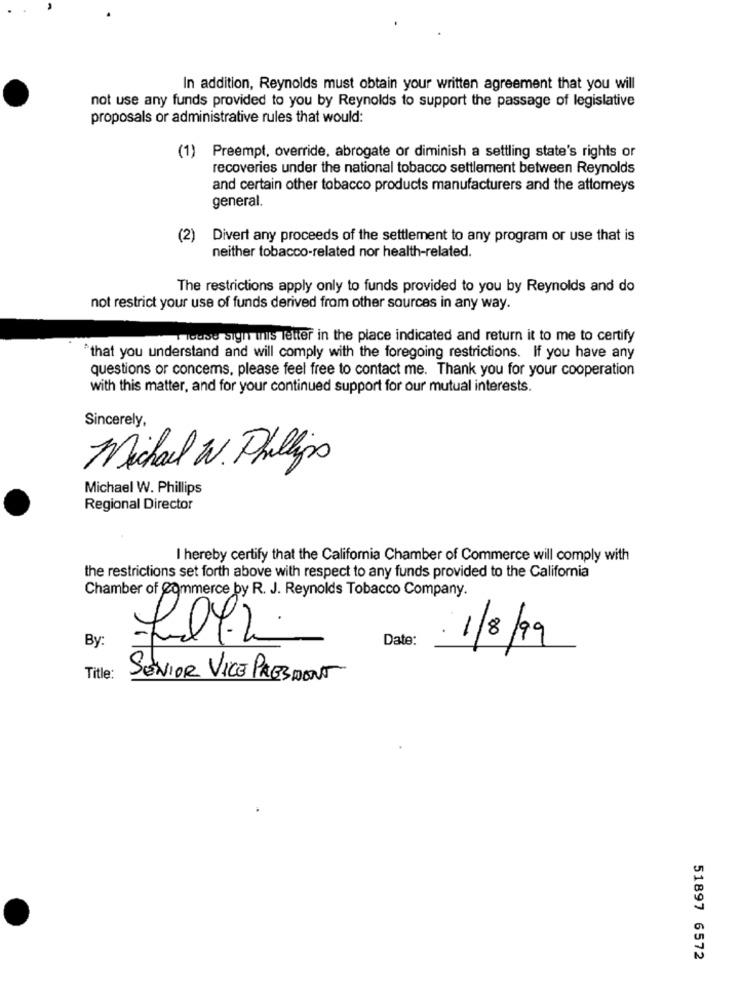
In addition, Reynolds must obtain your written agreement that you will
not use any funds provided to you by Reynolds to support the passage of legislative
proposals or administrative rules that would:
(1) Preempt, override, abrogate or diminish a settling state's rights or
recoveries under the national tobacco settlement between Reynolds
and certain other tobacco products manufacturers and the attomeys
general.
(2)
Divert any proceeds of the settlement to any program or use that is
neither tobacco-related nor health-related.
The restrictions apply only to funds provided to you by Reynolds and do
not restrict your use of funds derived from other sources in any way.
Touse sign in's letter in the place indicated and return it to me to certify
`that you understand and will comply with the foregoing restrictions. If you have any
questions or concems, please feel free to contact me. Thank you for your cooperation
with this matter, and for your continued support for our mutual interests.
Sincerely,
Michael W. Phillips
Michael W. Phillips
Regional Director
I hereby certify that the California Chamber of Commerce will comply with
the restrictions set forth above with respect to any funds provided to the California
Chamber of Commerce by R. J. Reynolds Tobacco Company.
By:
Date:
1/8/99
Title:
SENIOR VICE PRESIDENT
51897 6572